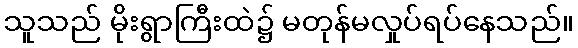
သူသည် မိုးရွာကြီးထဲ၌ မတုန်မလှုပ်ရပ်နေသည်။